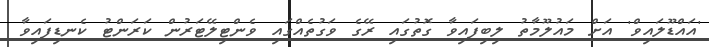
'އައްޑޫލައިވް' އަށް މައުލޫމާތު ލިބިފައިވާ ގޮތުގައި ރޭގެ ވަގުތެއްގައި ވެންޓިލޭޓަރުން ކަރަންޓު ކެނޑިފައިވާ